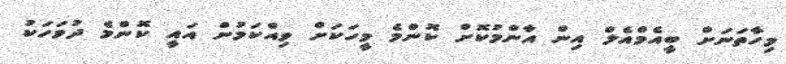
މިހާތަނަށް ބީއެމްއެލް އިން އާންމުކޮށް ކޮންމެ މީހަކަށް ވިއްކަމުން އައީ ކޮންމެ ދުވަހަކު